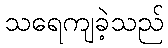
သရေကျခဲ့သည်